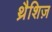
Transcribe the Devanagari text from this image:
थ्रैशिज़